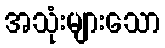
အသုံးများသော